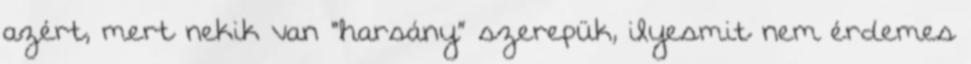
azért, mert nekik van “harsány” szerepük, ilyesmit nem érdemes